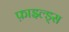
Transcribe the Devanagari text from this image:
फ़ाइल्ड्स